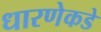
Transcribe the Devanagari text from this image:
धारणेकडे